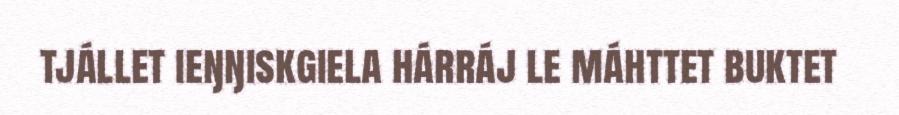
tjállet ieŋŋiskgiela hárráj le máhttet buktet